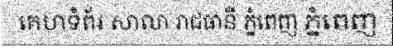
គេហទំព័រ សាលា រាជធានី ភ្នំពេញ ភ្នំពេញ